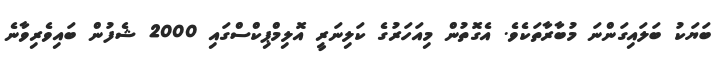
ބަޔަކު ބަލައިގަންނަ މުބާރާތަކެވެ. އެގޮތުން މިއަހަރުގެ ކަލިނަރީ އޮލިމްޕިކްސްގައި 2000 ޝެފުން ބައިވެރިވާނެ